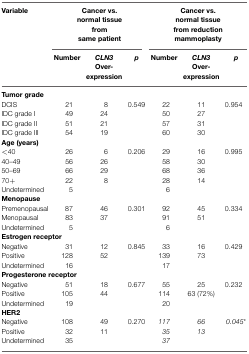
| Variable | <COLSPAN=3> Cancer vs. normal tissue from same patient | <COLSPAN=3> Cancer vs. normal tissue from reduction mammoplasty |
 |  | Number | CLN3 Over-expression | p | Number | CLN3 Over-expression | p |
 | --- | --- | --- | --- | --- | --- | --- |
 | <COLSPAN=7> Tumor grade |
 | DCIS | 21 | 8 | 0.549 | 22 | 11 | 0.954 |
 | IDC grade I | 49 | 24 |  | 50 | 27 |  |
 | IDC grade II | 51 | 21 |  | 57 | 31 |  |
 | IDC grade III | 54 | 19 |  | 60 | 30 |  |
 | <COLSPAN=7> Age (years) |
 | <40 | 26 | 6 | 0.206 | 29 | 16 | 0.995 |
 | 40–49 | 56 | 26 |  | 58 | 30 |  |
 | 50–69 | 66 | 29 |  | 68 | 36 |  |
 | 70+ | 22 | 8 |  | 28 | 14 |  |
 | Undetermined | 5 |  |  | 6 |  |  |
 | <COLSPAN=7> Menopause |
 | Premenopausal | 87 | 46 | 0.301 | 92 | 45 | 0.334 |
 | Menopausal | 83 | 37 |  | 91 | 51 |  |
 | Undetermined | 5 |  |  | 6 |  |  |
 | <COLSPAN=7> Estrogen receptor |
 | Negative | 31 | 12 | 0.845 | 33 | 16 | 0.429 |
 | Positive | 128 | 52 |  | 139 | 73 |  |
 | Undetermined | 16 |  |  | 17 |  |  |
 | <COLSPAN=7> Progesterone receptor |
 | Negative | 51 | 18 | 0.677 | 55 | 25 | 0.232 |
 | Positive | 105 | 44 |  | 114 | 63 (72%) |  |
 | Undetermined | 19 |  |  | 20 |  |  |
 | <COLSPAN=7> HER2 |
 | Negative | 108 | 49 | 0.270 | 117 | 66 | 0.045* |
 | Positive | 32 | 11 |  | 35 | 13 |  |
 | Undetermined | 35 |  |  | 37 |  |  |